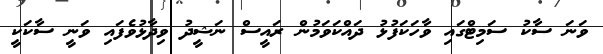
ވަނަ ސާކު ސަމިޓްގައި ވާހަކަފުޅު ދައްކަވަމުން ރައީސް ނަޝީދު ވިދާޅުވެފައި ވަނީ ސާކަކީ